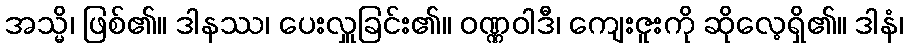
အသ္မိ၊ ဖြစ်၏။ ဒါနဿ၊ ပေးလှူခြင်း၏။ ဝဏ္ဏဝါဒီ၊ ကျေးဇူးကို ဆိုလေ့ရှိ၏။ ဒါနံ၊